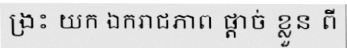
ង្រះ យក ឯករាជភាព ផ្តាច់ ខ្លួន ពី